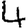
Digit: 4